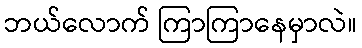
ဘယ်လောက် ကြာကြာနေမှာလဲ။